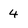
Character: 4